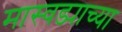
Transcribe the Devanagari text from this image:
मास्वड्याच्या